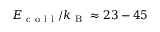
E _ { \mathrm { ~ c ~ o ~ l ~ l ~ } } / k _ { \mathrm { ~ B ~ } } \approx 2 3 - 4 5